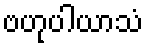
ဗဟုပါယာသံ